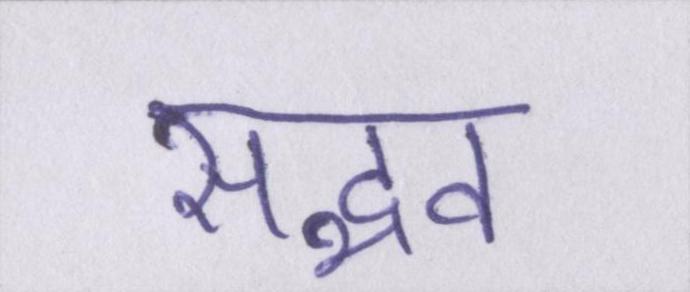
सद्भव